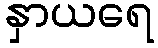
နှာယရေ